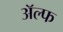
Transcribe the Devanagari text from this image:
अॅल्फ